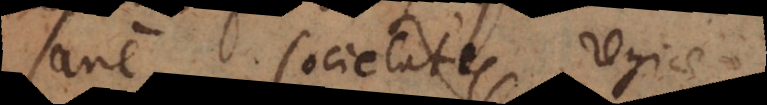
Sane Societates regiae